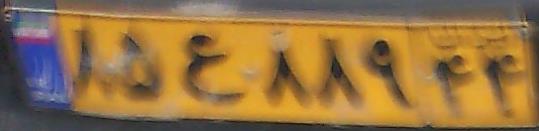
۸۵ع۸۸۹۴۴